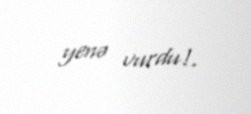
yenə vurdu!.